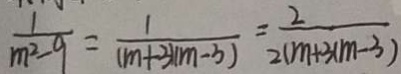
\frac { 1 } { m ^ { 2 } - 9 } = \frac { 1 } { ( m + 3 ) ( m - 3 ) } = \frac { 2 } { 2 ( m + 3 ( m - 3 ) }